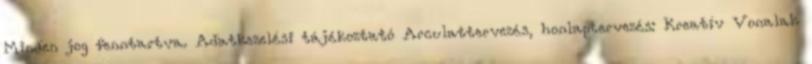
Minden jog fenntartva. Adatkezelési tájékoztató Arculattervezés, honlaptervezés: Kreatív Vonalak